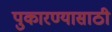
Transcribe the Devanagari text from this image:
पुकारण्यासाठी